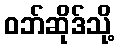
ဝဘ်ဆိုဒ်သို့